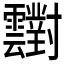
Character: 𲊑